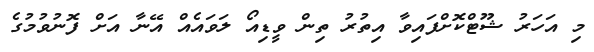
މި އަހަރު ޝޫޓްކޮށްފައިވާ އިތުރު ތިން ވީޑިއޯ ލަވައެއް އޭނާ އަށް ފޮނުވުމުގެ